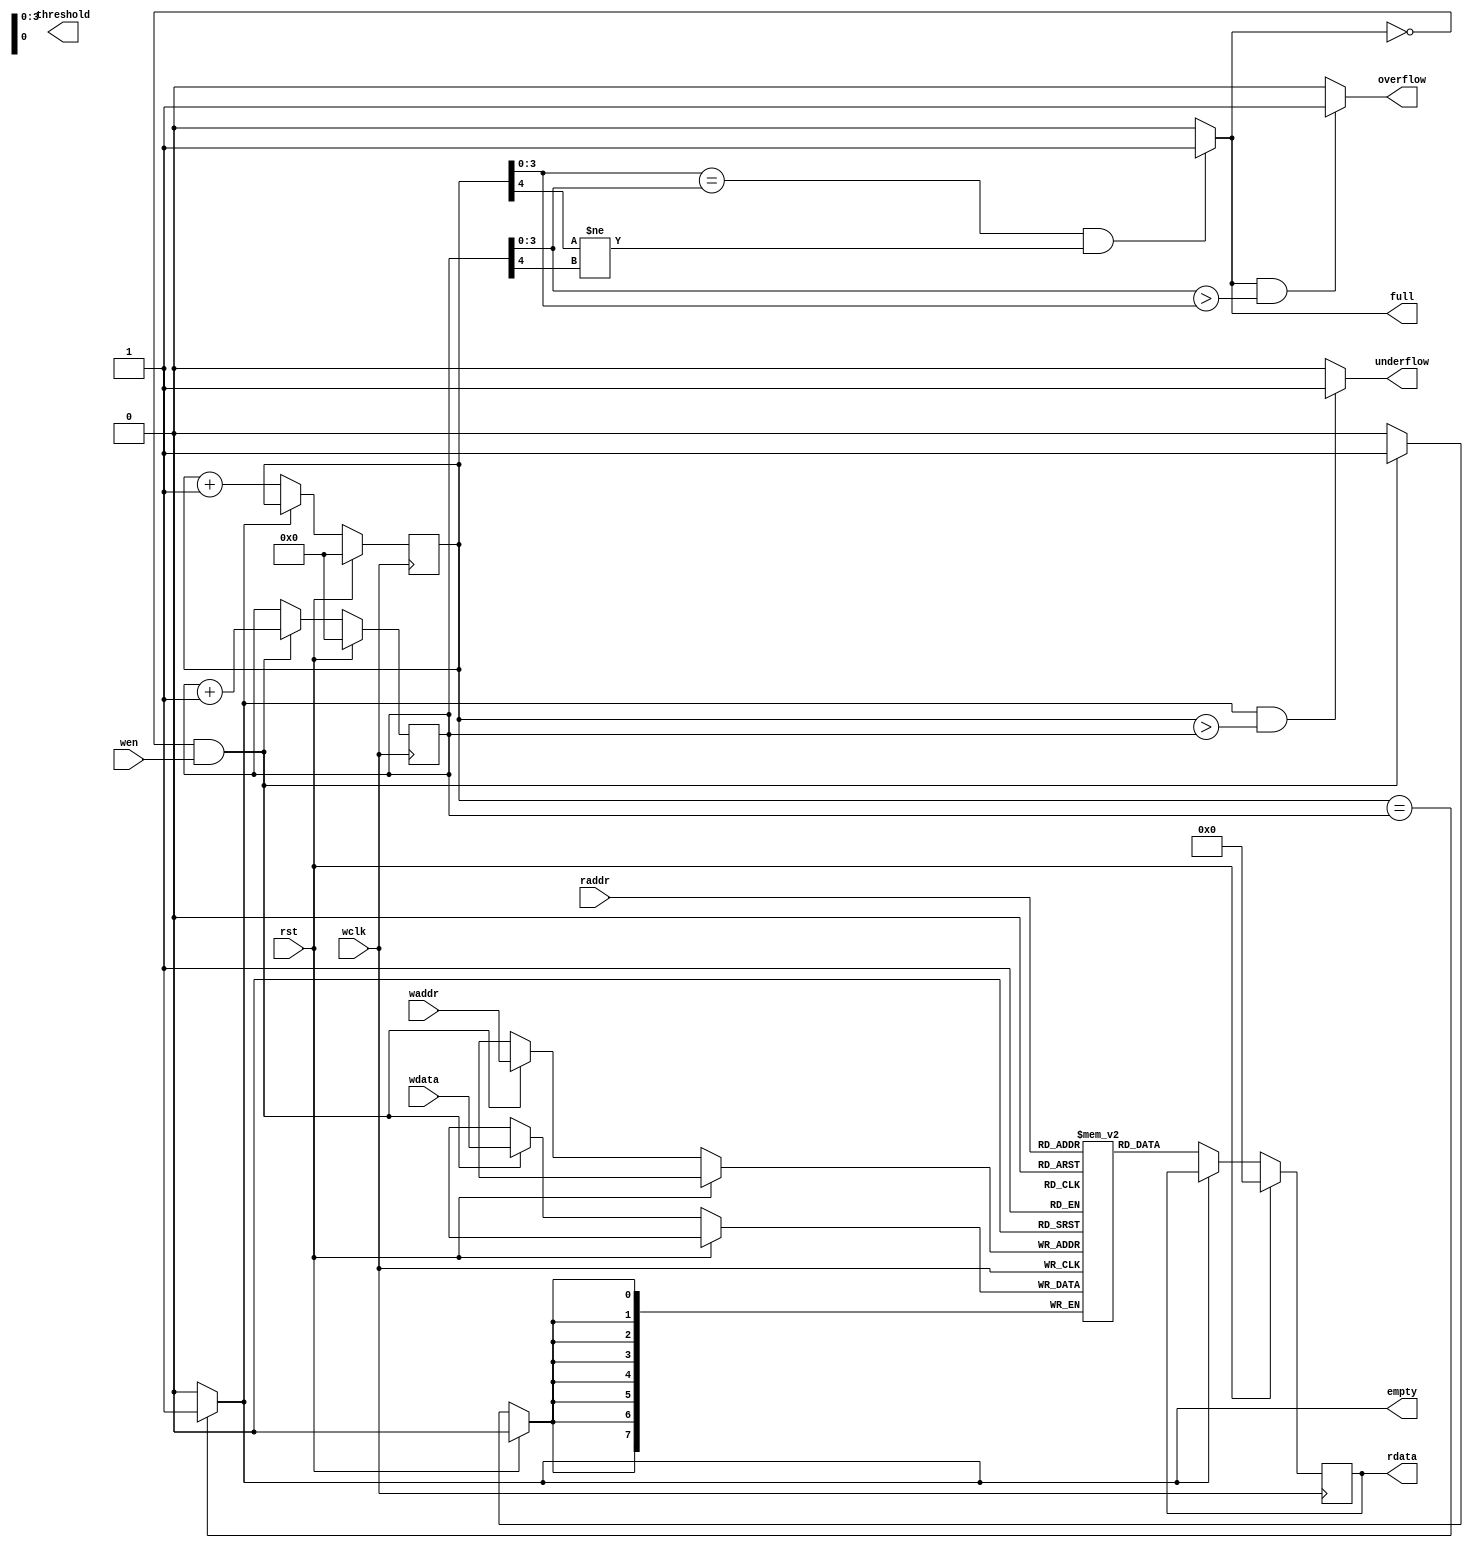
module FIFO_mem(wdata,waddr,wclk,raddr,full,empty,overflow,underflow,threshold,rst,wen,rdata);
parameter DATA_WIDTH = 8;
parameter DATA_DEPTH =16;
parameter ASIZE = 4;
input [DATA_WIDTH-1:0] wdata;
input wclk,wen,rst;
input [ASIZE-1:0] raddr,waddr;
output full,empty,overflow,underflow,threshold;
output reg [DATA_WIDTH-1:0] rdata;
reg [ASIZE:0] wr_ptr,rd_ptr;
reg [DATA_WIDTH-1:0] fifo [DATA_DEPTH-1:0];

assign full = (rd_ptr[ASIZE-1:0] == wr_ptr[ASIZE-1:0])&&(rd_ptr[ASIZE] != wr_ptr[ASIZE])? 1'b1:1'b0 ;
assign empty = (rd_ptr == wr_ptr)? 1'b1:1'b0;
assign overflow = (full == 1 && wr_ptr[ASIZE-1:0] > rd_ptr[ASIZE-1:0])? 1'b1:1'b0;
assign underflow = (empty == 1 && rd_ptr > wr_ptr)? 1'b1:1'b0;

always @(posedge wclk) begin
	if (rst) begin
		rdata <= 'b0;
		wr_ptr <= 1'b0;
		rd_ptr <= 1'b0;
	end
	else begin
		if (~full && wen) begin
			fifo[waddr] <= wdata;
			wr_ptr <= wr_ptr + 1;
		end
		if (~empty)begin
			rdata <= fifo[raddr];
			rd_ptr <= rd_ptr + 1;
		end
	end
end
endmodule